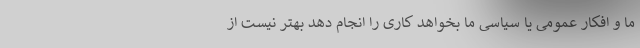
ما و افکار عمومی یا سیاسی ما بخواهد کاری را انجام دهد بهتر نیست از